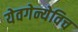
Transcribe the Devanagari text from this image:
येवगेन्येविच